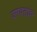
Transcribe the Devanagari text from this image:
उगवतांच